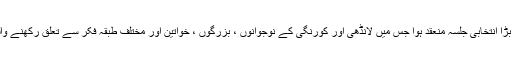
اس سلسلے میں گزشتہ روز لانڈھی نمبر 6میں بڑا انتخابی جلسہ منعقد ہوا جس میں لانڈھی اور کورنگی کے نوجوانوں ، بزرگوں ، خواتین اور مختلف طبقہ فکر سے تعلق رکھنے والے افراد نے ہزاروں کی تعداد میں شرکت کی ۔